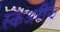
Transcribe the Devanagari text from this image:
स्केअरीझ